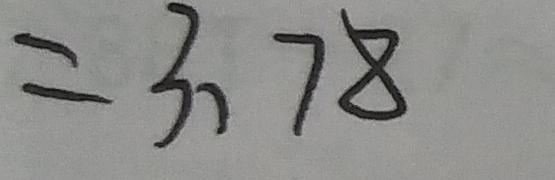
= 3 、 7 8